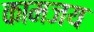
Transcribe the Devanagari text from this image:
कामजय